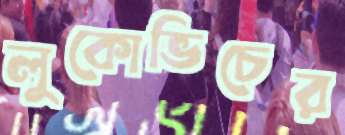
লুকোভিচের